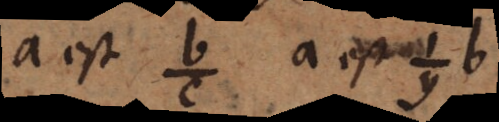
a est b a est a